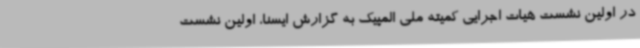
در اولین نشست هیات اجرایی کمیته ملی المپیک به گزارش ایسنا، اولین نشست